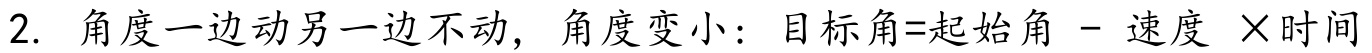
2. 角度一边动另一边不动，角度变小：目标角=起始角 - 速度 ×时间